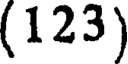
(123)